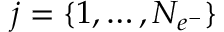
j = \{ 1 , \dotsc , N _ { e ^ { - } } \}